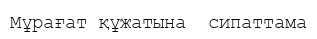
Мұрағат құжатына  сипаттама